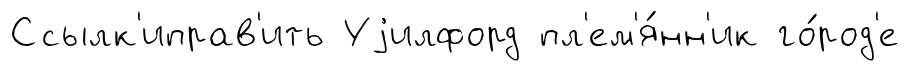
Ссылк'иправ'ить Уjилфорд пл'ем'я́нн'ик го́род'е